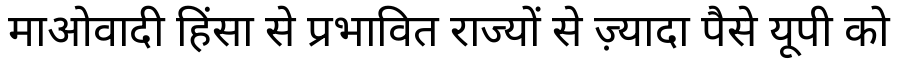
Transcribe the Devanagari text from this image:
माओवादी हिंसा से प्रभावित राज्यों से ज़्यादा पैसे यूपी को